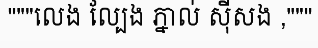
"""លេង ល្បែង ភ្នាល់ ស៊ីសង ,"""